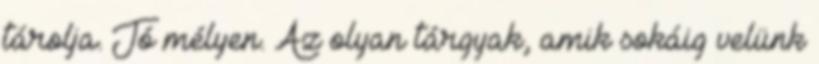
tárolja. Jó mélyen. Az olyan tárgyak, amik sokáig velünk